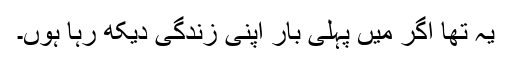
یہ تھا اگر میں پہلی بار اپنی زندگی دیکھ رہا ہوں۔